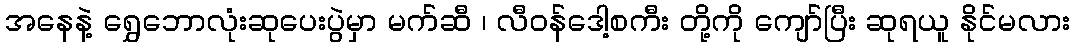
အနေနဲ့ ရွှေဘောလုံးဆုပေးပွဲမှာ မက်ဆီ ၊ လီဝန်ဒေါ့စကီး တို့ကို ကျော်ပြီး ဆုရယူ နိုင်မလား